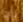
أنك